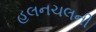
હલનચલની